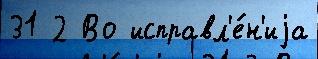
31 2 Во исправл'е́н'иjа